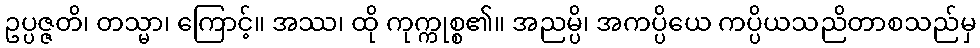
ဥပ္ပဇ္ဇတိ၊ တသ္မာ၊ ကြောင့်။ အဿ၊ ထို ကုက္ကုစ္စ၏။ အညမ္ပိ၊ အကပ္ပိယေ ကပ္ပိယသညိတာစသည်မှ